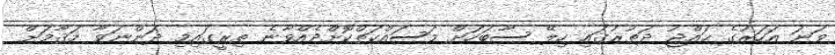
ވަނަ އަހަރުގެ ޙައްޖު ދަތުރުގައި ހިލޭ ސާބަހަށް މަސައްކަތްކޮށްދެއްވާނެ ތިރީގައިމި ދަންނަވާ މަޤާމަށް